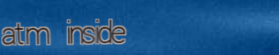
atm inside